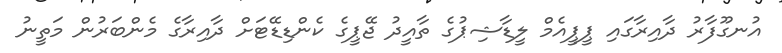
އުނގޫފާރު ދާއިރާގައި ޕީޕީއެމް ލީޑާޝިޕުގެ ތާއީދު ޖޭޕީގެ ކެންޑިޑޭޓަށް ދާއިރާގެ މެންބަރުން މަތީނު